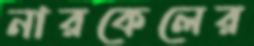
নারকেলের